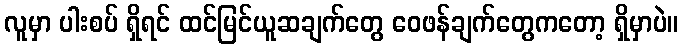
လူမှာ ပါးစပ် ရှိရင် ထင်မြင်ယူဆချက်တွေ ဝေဖန်ချက်တွေကတော့ ရှိမှာပဲ။